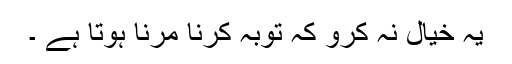
یہ خیال نہ کرو کہ توبہ کرنا مرنا ہوتا ہے ۔